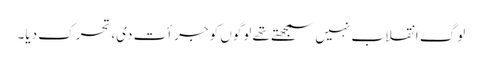
لوگ انقلاب نہیں سمجھتے تھے لوگوں کو جرأت دی، تحرک دیا۔